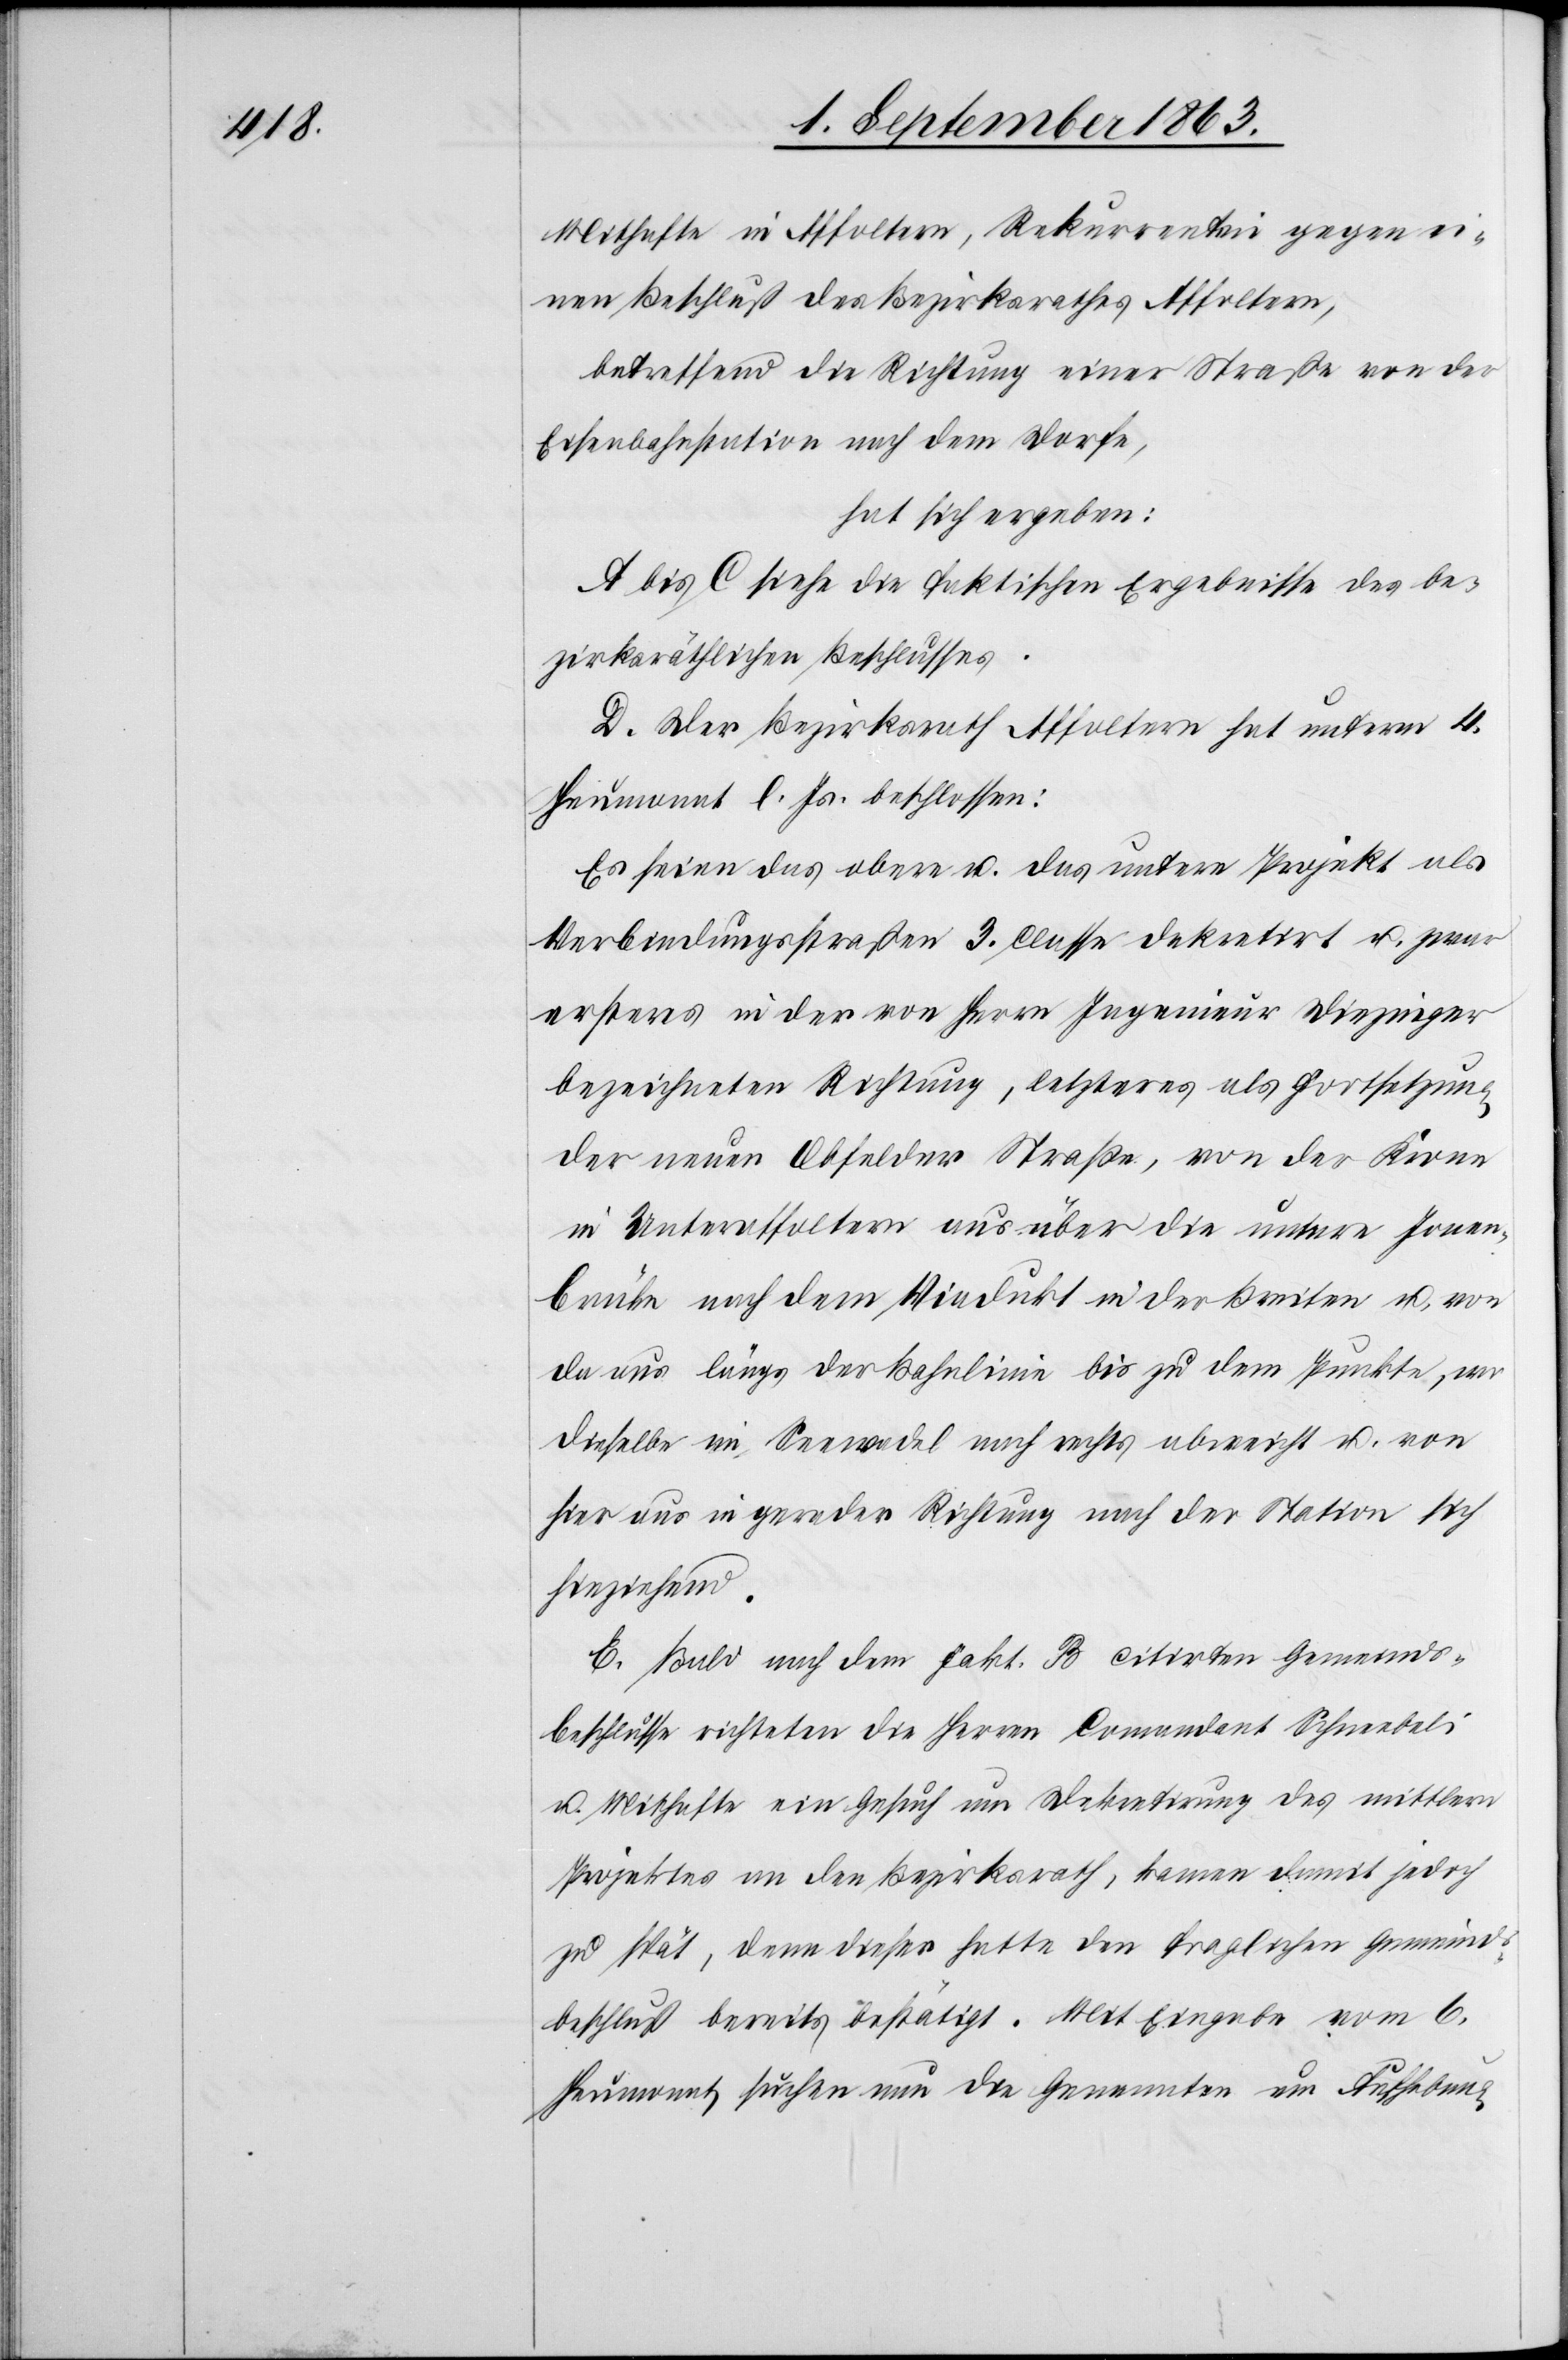
Mithafte in Affoltern, Rekurrentin gegen ei¬
nen Beschluß des Bezirksrathes Affoltern,
betreffend die Richtung einer Straße von der
Eisenbahnstation nach dem Dorfe,
hat sich ergeben:
A bis C siehe die faktischen Ergebnisse des be¬
zirksräthlichen Beschlusses.
D. Der Bezirksrath Affoltern hat unterm 4.
Heumonat l. Js. beschlossen:
Es seien das obere u. das untere Projekt als
Verbindungsstraßen 3. Classe dekretirt u. zwar
ersteres in der von Herrn Ingenieur Diezinger
bezeichneten Richtung, letzteres als Fortsetzung
der neuen Obfelder Straße, von der Krone
in Unteraffoltern aus über die untere Jonen¬
brücke nach dem Viadukt in der Breiten u. von
da aus längs der Bahnlinie bis zu dem Punkte, wo
dieselbe im Seewadel nach rechts abweicht u. von
hier aus in gerader Richtung nach der Station sich
hinziehend.
E. Bald nach dem Fakt. B citirten Gemeinds¬
beschlusse richteten die Herren Comandant Schneebeli
u. Mithafte ein Gesuch um Dekretirung des mittlern
Projektes an den Bezirksrath, kamen damit jedoch
zu spät, denn dieser hatte den fraglichen Gemeinds¬
beschluß bereits bestätigt. Mit Eingabe vom 6.
Heumonat suchen nun die Genannten um Aufhebung